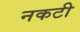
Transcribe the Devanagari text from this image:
नकटी